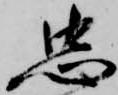
忠